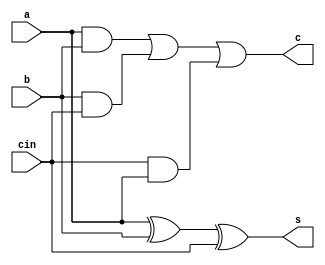
`ifndef FULLADDER_BH
`define FULLADDER_BH

module fulladder_bh(s,c, a, b, cin);
    input a,b;
    input cin;
    output reg s, c;

    always@(*) begin
        s = a ^ b ^ cin;
        c = a & b | b & cin | cin & a;
    end
endmodule
`endif